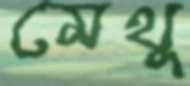
মেথু